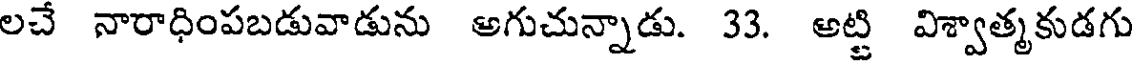
లచే నారాధింపబడువాడును అగుచున్నాడు. 33. అట్టి విశ్వాత్మకుడగు